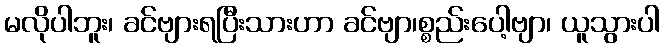
မလိုပါဘူး၊ ခင်ဗျားရပြီးသားဟာ ခင်ဗျာ၊စ္စည်းပေါ့ဗျာ၊ ယူသွားပါ